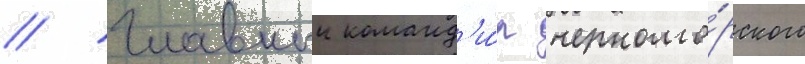
// Главныи команд'и́р черномо́рского